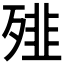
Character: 𩐁